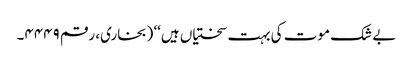
بے شک موت کی بہت سختیاں ہیں‘‘ (بخاری، رقم ۴۴۴۹۔